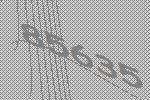
85635